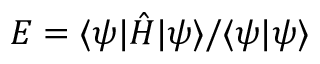
E = \langle \psi | \hat { H } | \psi \rangle / \langle \psi | \psi \rangle